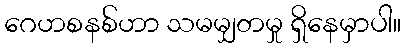
ဂေဟစနစ်ဟာ သမမျှတမှု ရှိနေမှာပါ။